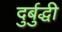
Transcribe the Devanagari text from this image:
दुर्बुद्धी